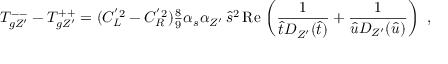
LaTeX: T _ { g Z ^ { \prime } } ^ { -- } - T _ { g Z ^ { \prime } } ^ { + + } = ( C _ { L } ^ { ' 2 } - C _ { R } ^ { ' 2 } ) { \textstyle { \frac { 8 } { 9 } } } \alpha _ { s } \alpha _ { Z ^ { \prime } } \, \widehat s ^ { 2 } \, \mathrm { R e } \, \left( { \frac { 1 } { \widehat t D _ { Z ^ { \prime } } ( \widehat t ) } } + { \frac { 1 } { \widehat u D _ { Z ^ { \prime } } ( \widehat u ) } } \right) \ ,